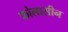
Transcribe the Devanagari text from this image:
फोलासीन